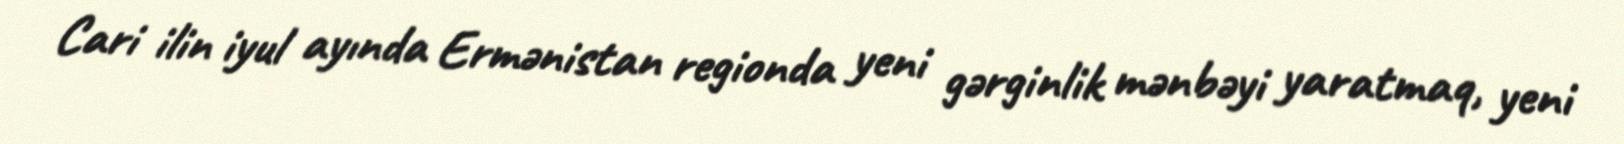
Cari ilin iyul ayında Ermənistan regionda yeni gərginlik mənbəyi yaratmaq, yeni